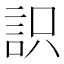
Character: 䛊